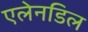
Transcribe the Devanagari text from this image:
एलेनडिल